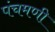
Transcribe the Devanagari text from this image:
पंचमणी